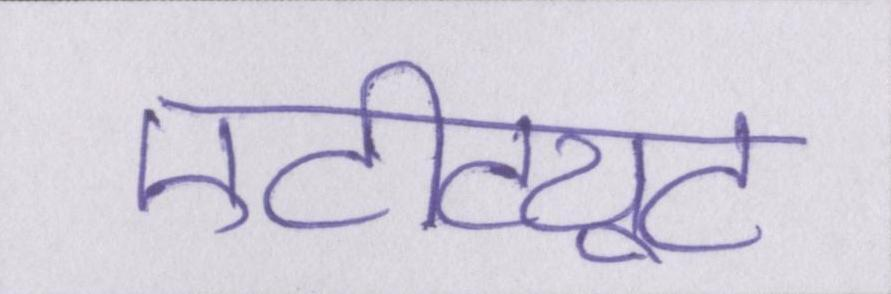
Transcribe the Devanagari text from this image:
एटीट्यूट